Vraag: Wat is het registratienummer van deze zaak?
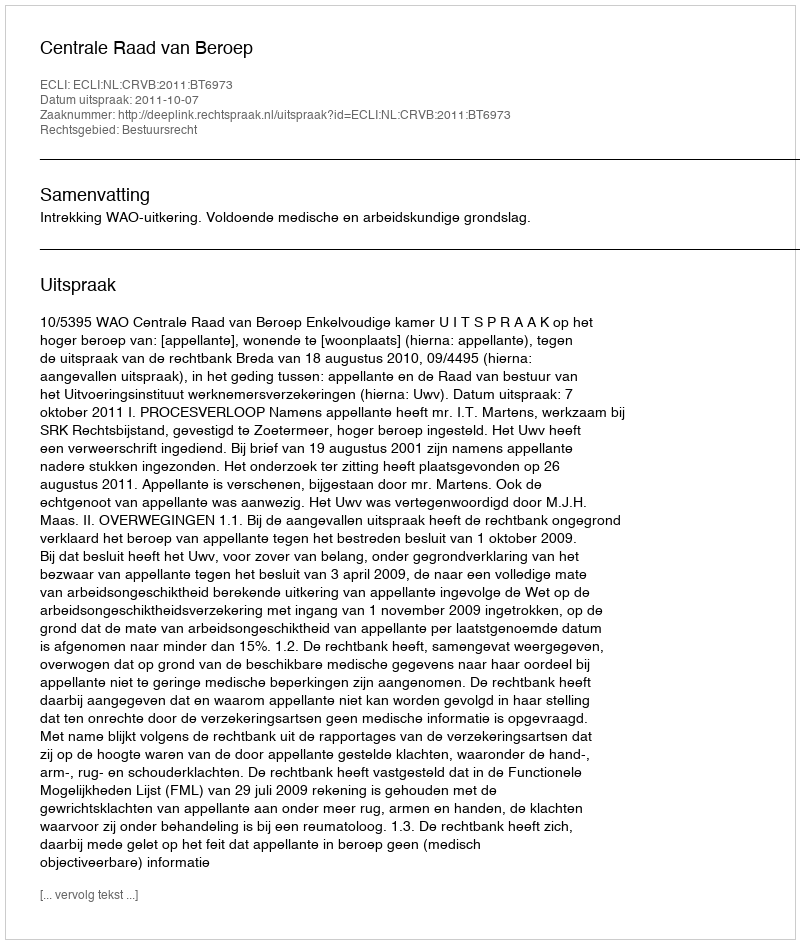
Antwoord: http://deeplink.rechtspraak.nl/uitspraak?id=ECLI:NL:CRVB:2011:BT6973